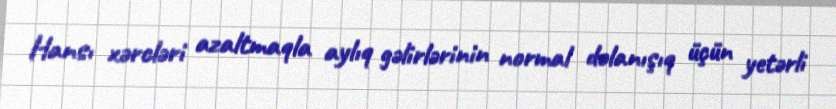
Hansı xərcləri azaltmaqla aylıq gəlirlərinin normal dolanışıq üçün yetərli